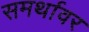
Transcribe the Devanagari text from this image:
समर्थावर